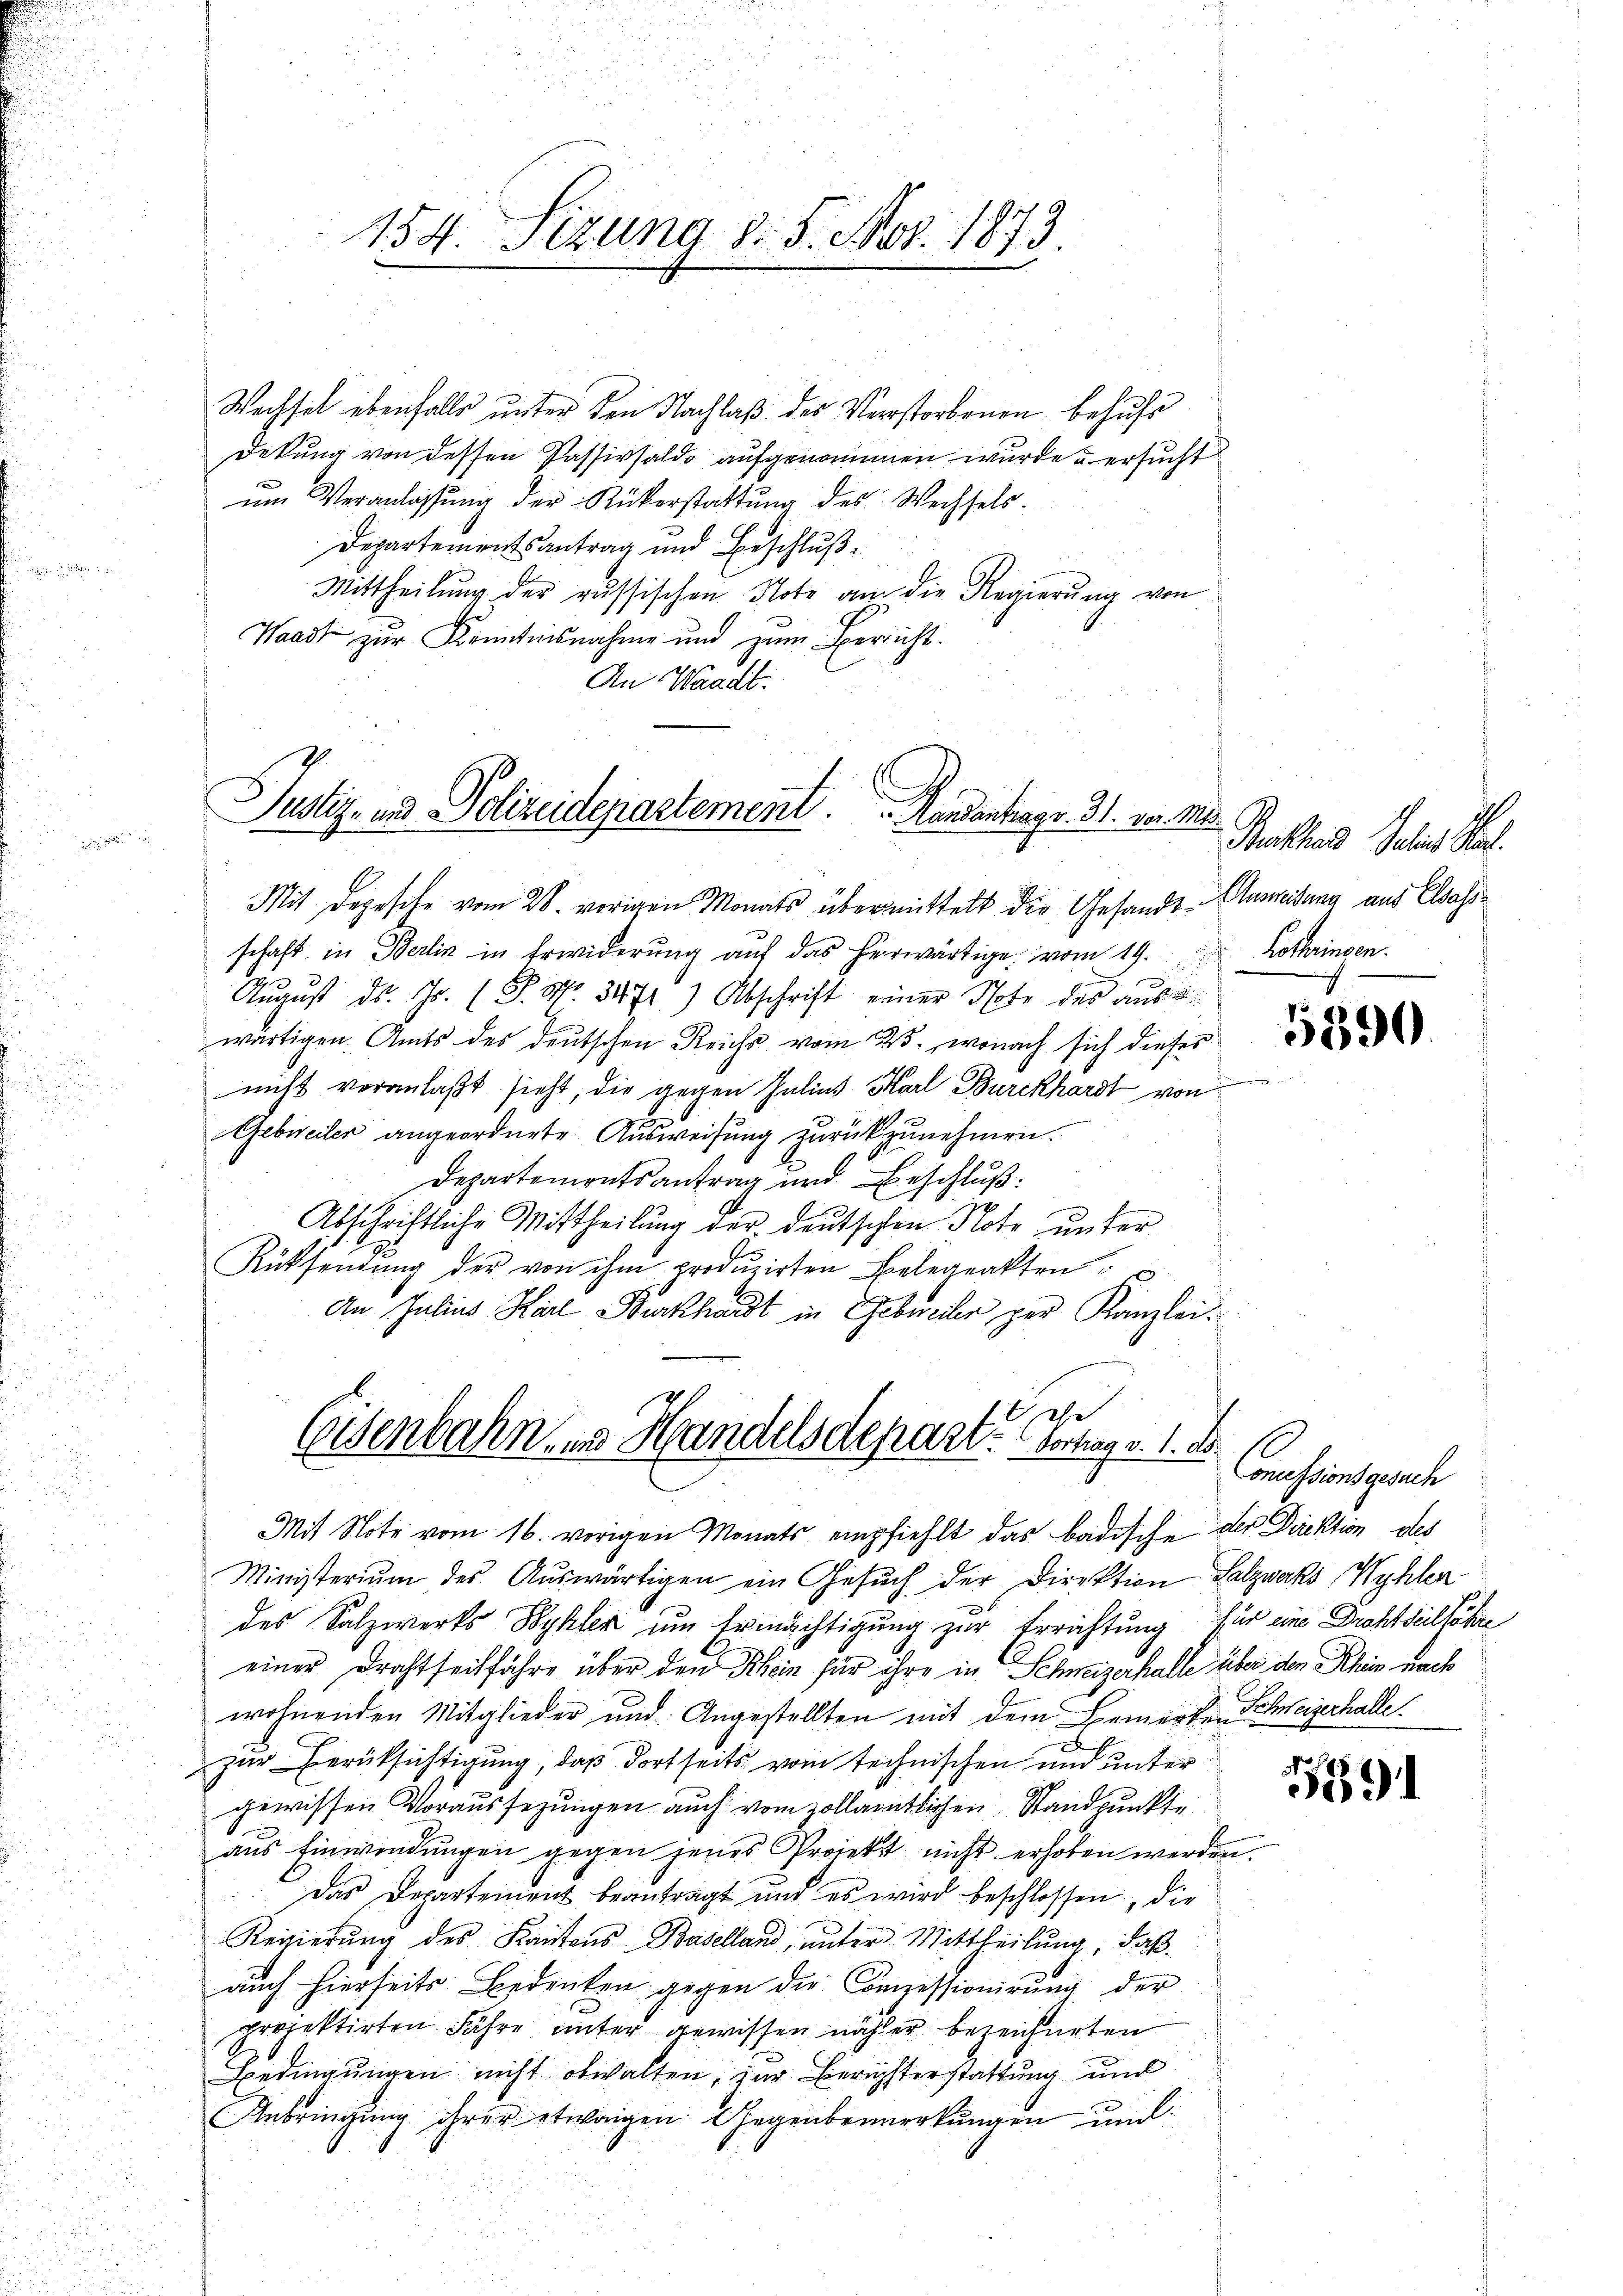
x

154. Sizung d. 5. Nov. 1873.

Wechsel ebenfalls unter den Nachlaß des Verstorbenen behufe
Dekung von dessen Passivsaldo aufgenommen wurde u ersucht
ŭm Veranlassŭng der Rükerstattŭng des Wechsels.
Departementsantrag und Beschluß¬
Mittheilung der russischen Note an die Regierŭng von
Waadt zur Kenntnisnahme und zum Bericht.
An Waadt.

Justiz- und Polizeidepartement. Mandantrags. 3. No. 2.

Mit Depesche vom 28. vorigen Monats übermittelt die Gesandt Anweisung aus Elsassschaft in Berlin in Erwiderŭng aŭf das herwärtige vom 19. Kothringen.
August d. Js. (T. S. 3471) Abschrift einer Note des aus d
wärtigen. Amts des deutschen Reichs vom 23., wonach sich dieser
nicht veranlaßt sieht, die gegen Julius Karl Burckhardt von
Gebieilen angeordnete Ausweisung zurückzunehmen.
Departemontsantrag und Beschluß:
1
Abschriftliche Mittheilung der deutschen Note unter
Rücksendŭng der von ihm produzirten Belegenkten c
An Julius Karl Burkhardt in Gebreiter per Kanzleie
Consenbahn ins Handelsdepart. Vortrag v. 1. d.

Mit Note vom 16. vorigen Monats empfiehlt das badische der Direktion des
Ministerium des Auswärtigen ein Gesŭch der Direktion Salzwaks Wyhlen
des Salzwerks Wyhler um Ermächtigung zur Errichtung für eine Drohseilfahre
einer Drahtseitfahre über den Rhein für ihre in Schweizerhalle über den Rhein nach
wohnenden Mitglieder und Angestellten mit dem Bemerken Schweizerhalle
zur Berüksichtigung, daß dortseits vom technischen und unter
gewissen Voraussezungen auch vom zollantlichen Standpunkte
aus Einwendungen gegen jenes Projekt nicht erhoben werden.
das Departement beantragt und es wird beschlossen, die
Reigierung des Kantons Baselland, unter Mittheilung, daß
auch hierseits Bedenken gegen die Conzessionirung der
projektirten Jahre unter gewissen näher bezeichneten
Bedingungen nicht obwalten, zur Berichterstattung und
Anbringŭng ihrer etwaigen Gegenbemerkŭngen und

1.
 Backhard Peter al

5890

Concessionsgesuch

59